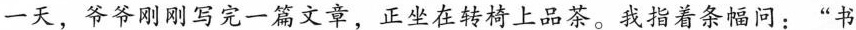
一天，爷爷刚刚写完一篇文章，正坐在转椅上品茶。我指着条幅问：”书